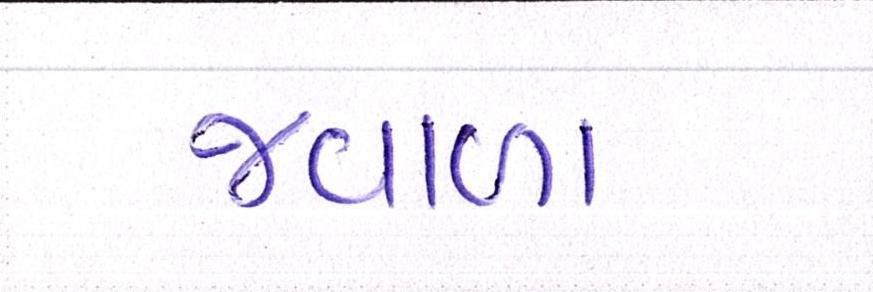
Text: જ્વાળા